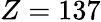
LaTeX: Z=137